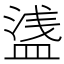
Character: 𥂆